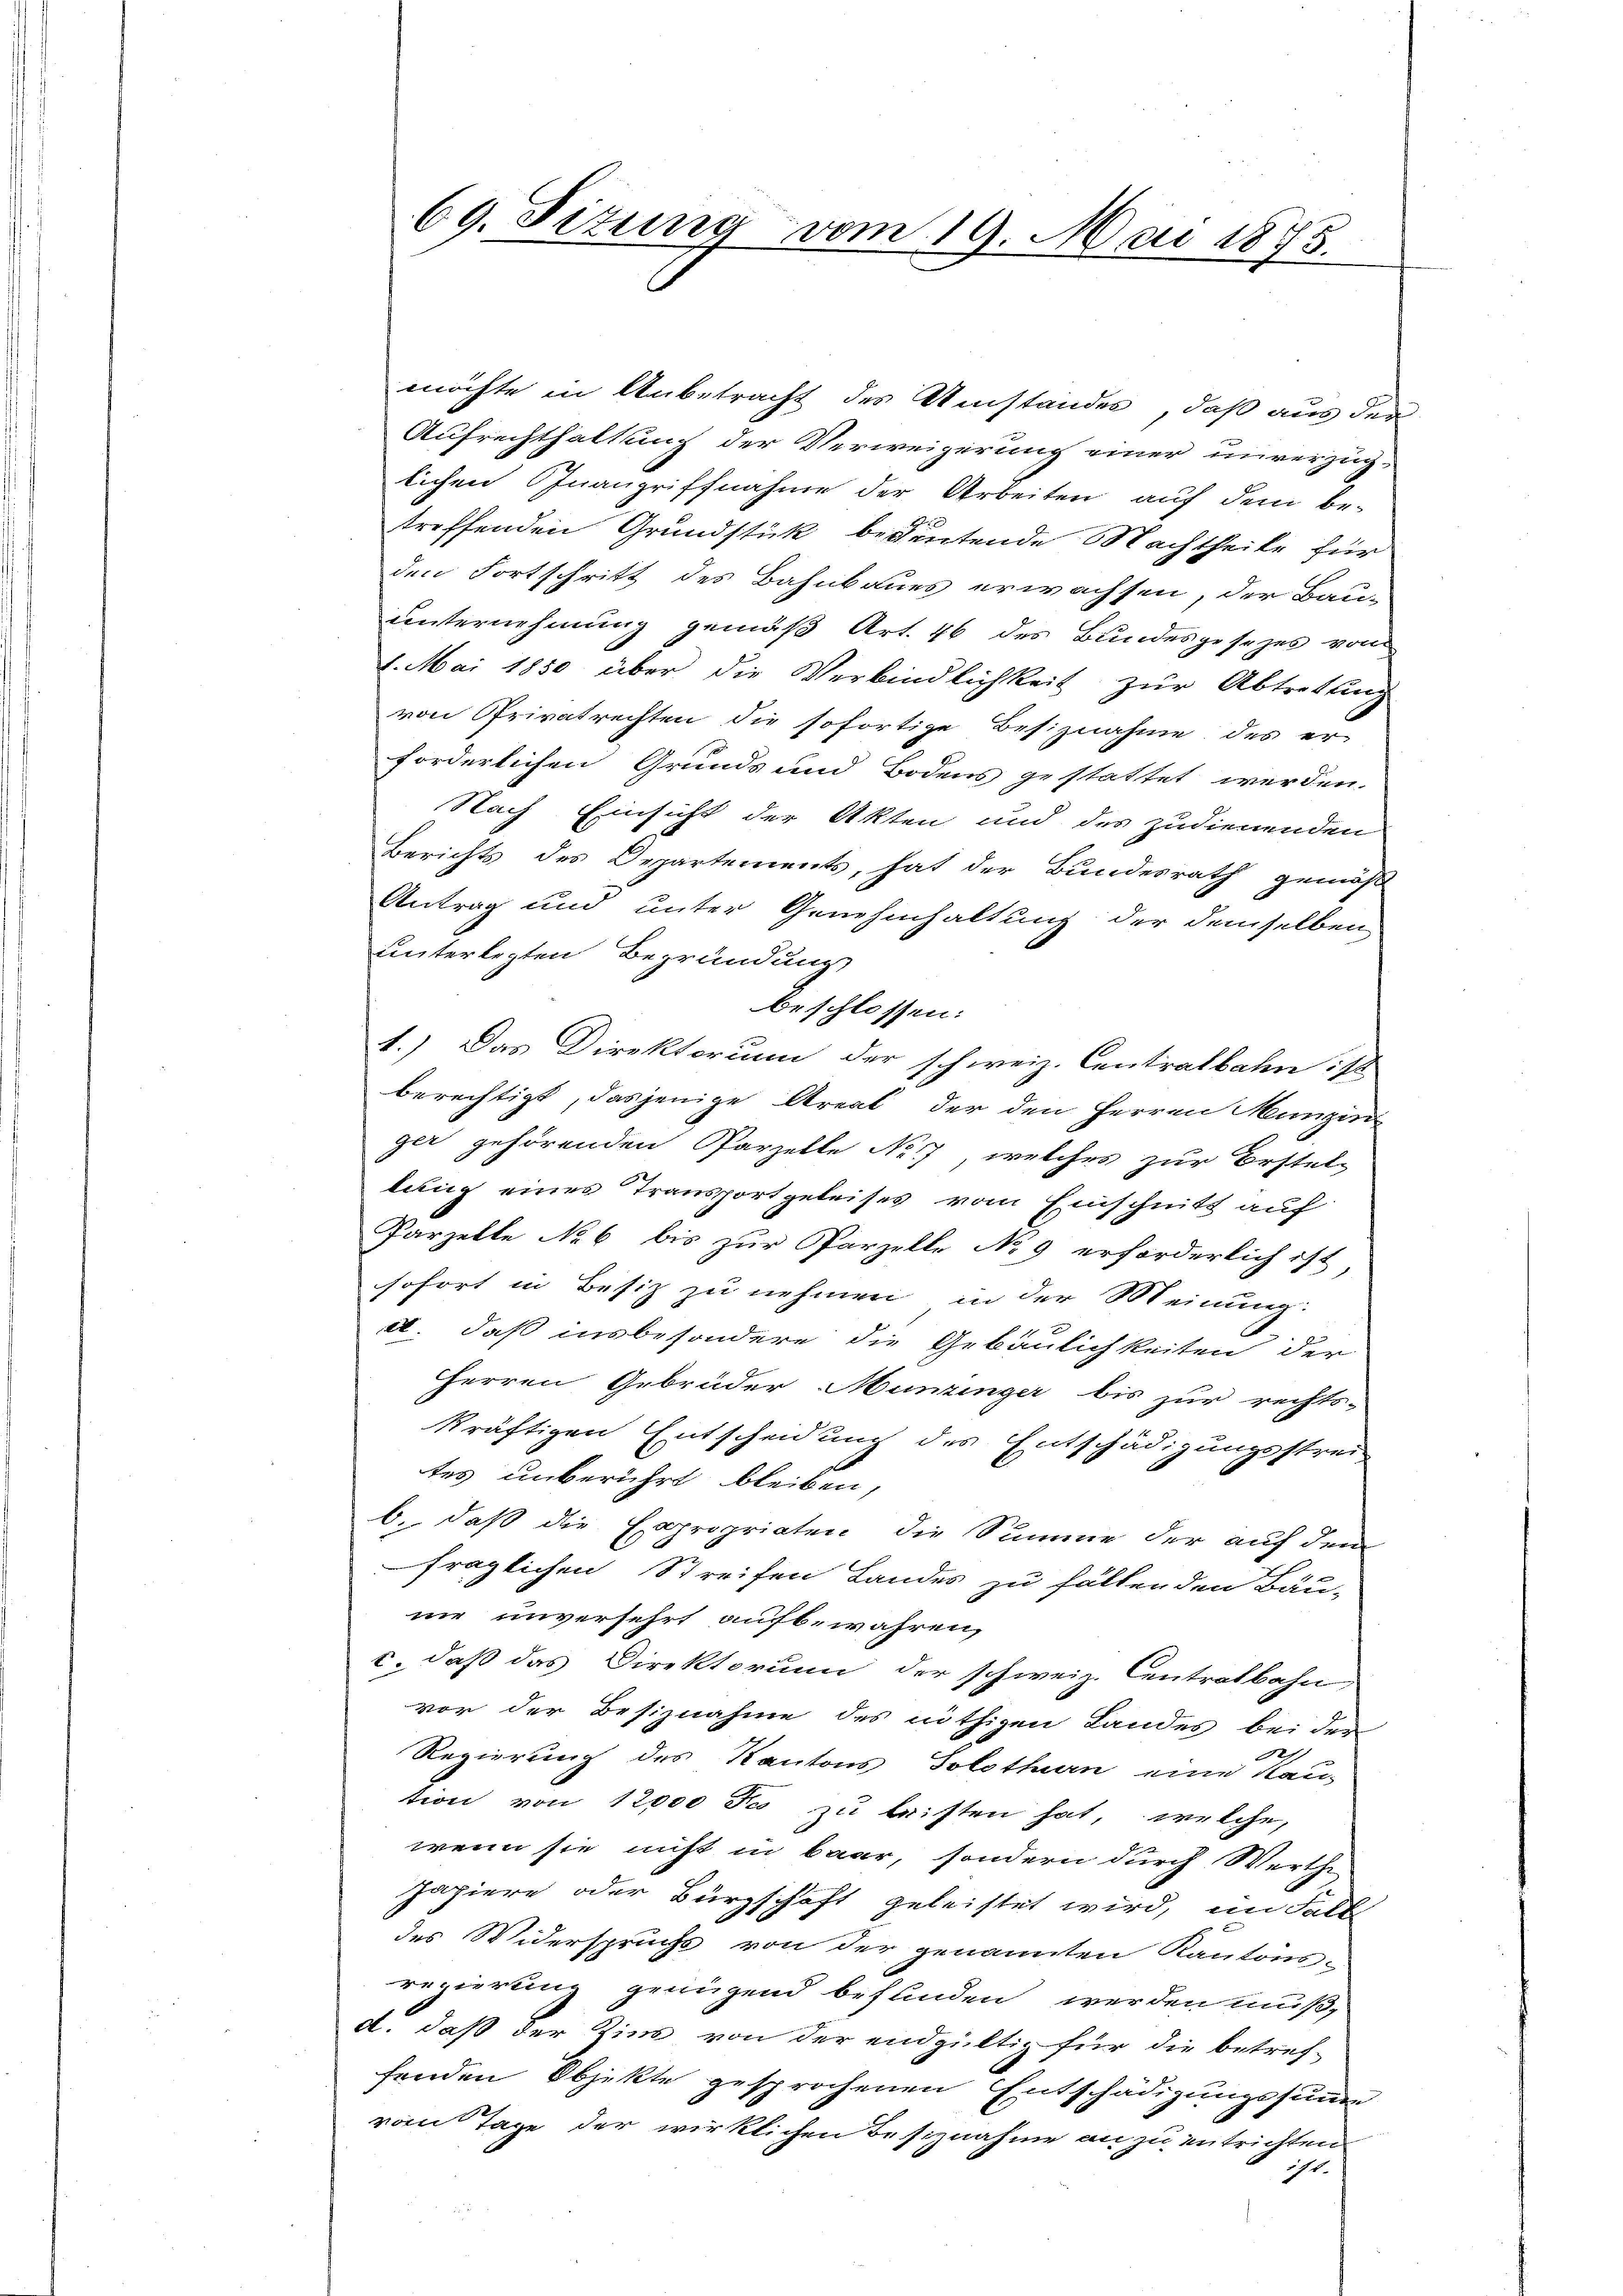
69. Titung vom 19. Mai 1875.

möchte in Anbetracht des Umstandes, daß aus der
Aufrechthaltung der Verweigerung einer unverzüg-
lichen Inangriffnahme der Arbeiten auf dem be-
treffenden Grundstük bedeutende Nachtheile für
den Fortschritt des Bahnbaues erwachsen, der Bau-
unternehmung gemäß Art. 46 des Bundesgesezes vom
8. Mai 1850 über die Verbindlichkeit zur Abtrettung
von Privatrechten die sofortige Besiznahme des er-
forderlichen Grunds und Bodens gestattet werden.
Nach Einsicht der Akten und des zudienenden
Berichts des Departements, hat der Bundesrath gemäß
Antrag und unter Genehmhaltung der demselben
unterlegten Begründung
beschlossen:
1.) Das Direktorum der schweiz. Centralbahn 18
berechtigt, dasjenige Areal der den Herren Munzin
ger gehörenden Parzelle No. 17, welches zur Erstel-
lung eines Transport geleises vom Einschnitt auf
Parzelle No 6 bis zur Parzelle No 9 erforderlich ist,
sofort in Besiz zu nehmen in der Meinung:
a. daß insbesondere die Gebäulichkeiten der
Herren Gebrüder Munzinger bis zur rechts-
kräftigen Entscheidung des Entschädigungsstrei
tes unberührt bleiben,
b. daß die Expropriaten die Summe der auf dem
fraglichen Streifen Landes zu fällenden Bau-
nie unversehrt aufbewahren,
c. daß das Direktorium der schweiz. Centratbahn-
vor der Besiznahme des nöthigen Landes bei der
Regierung des Kantons Solothurn eine Kau-
tion von 12000 Fo zu leisten hat, welche,
wenn sie nicht in baar, sondern durch Werthe
Papiere oder Bürgschaft geleistet wird, im Fall
des Widerspruchs von der genannten Kantons-
regierung genügend befunden werden muß,
d. daß der Zins von der endgültig für die betref-
fenden Objekte gesprochenen Entschädigungssumme
vom Tage der wirklichen Besiznahme an zu entrichten
171.